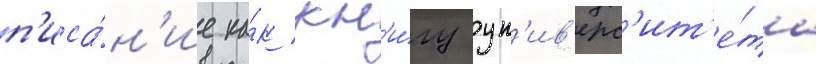
п'иса́н'ие ка́к кн'и́гу ун'ив'ерс'ит'е́та